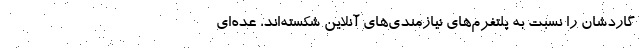
گاردشان را نسبت به پلتفرم‌های نیازمندی‌های آنلاین شکسته‌اند، عده‌ای